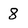
Character: 8